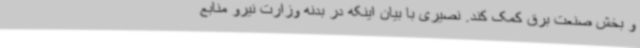
و بخش صنعت برق کمک کند. نصیری با بیان اینکه در بدنه وزارت نیرو منابع